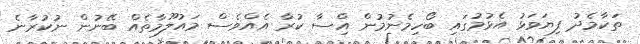
ތަކާމެދު ފިޔަވަޅު އެޅުމުގައި ބޯހިމެނުމުން އިްސާ ކުރާ އެއްވެސް މައުލޫމާތެއް ބޭނުން ނުކުރާނެ